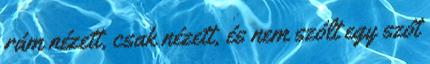
rám nézett, csak nézett, és nem szólt egy szót